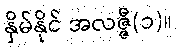
နှိမ်နိုင် အလဇ္ဇီ(၁)။